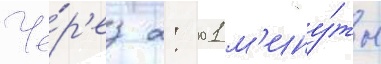
Че́р'ез 2: 01 м'ину́ты